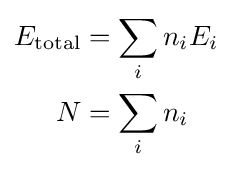
{\begin{aligned}E_{\text{total}}&=\sum _{i}n_{i}E_{i}\\N&=\sum _{i}n_{i}\end{aligned}}